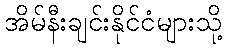
အိမ်နီးချင်းနိုင်ငံများသို့